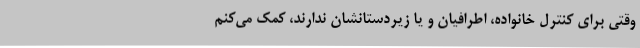
وقتی برای کنترل خانواده، اطرافیان و یا زیردستانشان ندارند، کمک می‌کنم